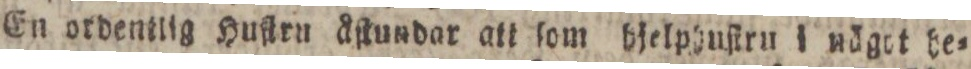
En ordentlig Huſtru åſtundar att ſom bjelphuſtru i nägot he=